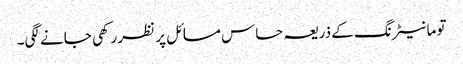
تو مانیٹرنگ کے ذریعہ حساس مسائل پر نظر رکھی جانے لگی۔